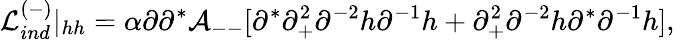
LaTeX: {\cal L}_{ind}^{(-)}\vert_{hh}=\alpha\partial\partial^{*}{\cal A}_{--}[\partial^{*}\partial_{+}^{2}\partial^{-2}h\partial^{-1}h+\partial_{+}^{2}\partial^{-2}h\partial^{*}\partial^{-1}h],